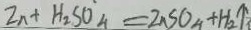
Z n + H _ { 2 } S O _ { 4 } = Z n S O _ { 4 } + H _ { 2 } \uparrow